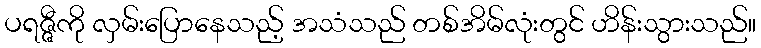
ပရဇ္ဇီကို လှမ်းပြောနေသည့် အသံသည် တစ်အိမ်လုံးတွင် ဟိန်းသွားသည်။